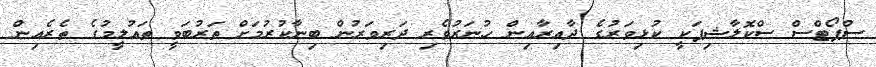
ސްޕޯޓްސް ސްކޮލާޝިޕަކީ ކުޅިވަރުގެ ދާއިރާއިން ހުނަރުވެރި ދަރިވަރުން ބިނާކުރުމަށް ތަރުބަވީ ތައުލީމުގެ ތެރެއިން